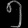
Digit: ၅